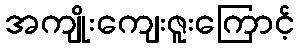
အကျိုးကျေးဇူးကြောင့်